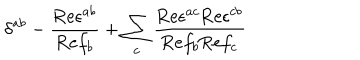
LaTeX: \delta ^ { a b } - { \frac { \mathrm { R e } \epsilon ^ { a b } } { \mathrm { R e } f _ { b } } } + \sum _ { c } { \frac { \mathrm { R e } \epsilon ^ { a c } \mathrm { R e } \epsilon ^ { c b } } { \mathrm { R e } f _ { b } \mathrm { R e } f _ { c } } }